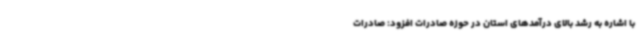
با اشاره به رشد بالای درآمدهای استان در حوزه صادرات افزود: صادرات